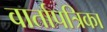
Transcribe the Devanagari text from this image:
वार्तापत्रिका